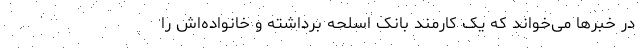
در خبرها می‌خواند که یک کارمند بانک اسلحه برداشته و خانواده‌اش را